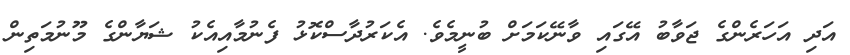
އަދި އަހަރެންގެ ޖަވާބު އޭގައި ވާނޭކަމަށް ބުނީމެވެ. އެކަރުދާސްކޮޅު ފެނުމާއިއެކު ޝަޔާންގެ މޫނުމަތިން